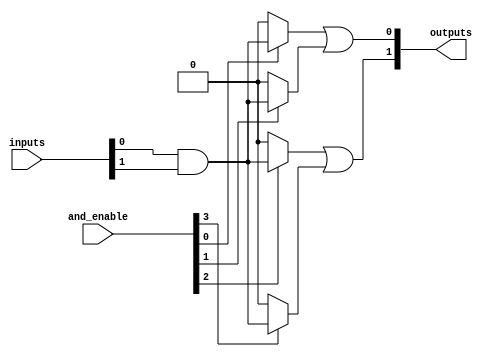
module FusedPAL #(
    parameter NUM_INPUTS = 4,   // Number of input lines
    parameter NUM_AND_GATES = 4, // Number of AND gates
    parameter NUM_OUTPUTS = 2    // Number of output lines
)(
    input wire [NUM_INPUTS-1:0] inputs, // Input lines
    input wire [NUM_AND_GATES-1:0] and_enable, // Control signals for AND gates
    output wire [NUM_OUTPUTS-1:0] outputs // Output lines
);

// Internal signals for AND gate outputs
wire [NUM_AND_GATES-1:0] and_outputs;

// Programmable AND Array
genvar i;
generate
    for (i = 0; i < NUM_AND_GATES; i = i + 1) begin : and_array
        // Example: Each AND gate can take any combination of inputs
        // Here we assume a simple configuration for demonstration
        assign and_outputs[i] = and_enable[i] ? (inputs[0] & inputs[1]) : 1'b0; // Example logic
    end
endgenerate

// Fused OR Array
wire [NUM_OUTPUTS-1:0] or_outputs;

// Example OR logic - each output can be derived from multiple AND gates
assign or_outputs[0] = and_outputs[0] | and_outputs[1]; // Output 0 from AND gates 0 and 1
assign or_outputs[1] = and_outputs[2] | and_outputs[3]; // Output 1 from AND gates 2 and 3

// Assign final outputs
assign outputs = or_outputs;

endmodule